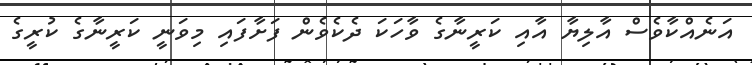
އަނެއްކާވެސް އާލިޔާ އާއި ކަރީނާގެ ވާހަކަ ދެކެވެން ފަށާފައި މިވަނީ ކަރީނާގެ ކުރީގެ